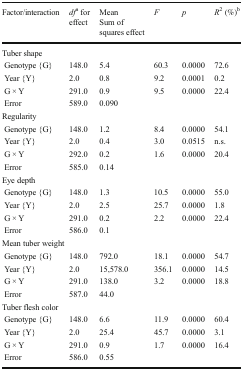
<table><thead><tr><td><b>Factor/interaction</b></td><td><b><i>df</i><sup>a</sup> for effect</b></td><td><b>MeanSum of squares effect</b></td><td><b><i>F</i></b></td><td><b><i>p</i></b></td><td><b><i>R</i><sup>2</sup> (%)<sup>b</sup></b></td></tr></thead><tbody><tr><td colspan="6">Tuber shape</td></tr><tr><td> Genotype {G}</td><td>148.0</td><td>5.4</td><td>60.3</td><td>0.0000</td><td>72.6</td></tr><tr><td> Year {Y}</td><td>2.0</td><td>0.8</td><td>9.2</td><td>0.0001</td><td>0.2</td></tr><tr><td> G × Y</td><td>291.0</td><td>0.9</td><td>9.5</td><td>0.0000</td><td>22.4</td></tr><tr><td> Error</td><td>589.0</td><td>0.090</td><td></td><td></td><td></td></tr><tr><td colspan="6">Regularity</td></tr><tr><td> Genotype {G}</td><td>148.0</td><td>1.2</td><td>8.4</td><td>0.0000</td><td>54.1</td></tr><tr><td> Year {Y}</td><td>2.0</td><td>0.4</td><td>3.0</td><td>0.0515</td><td>n.s.</td></tr><tr><td> G × Y</td><td>292.0</td><td>0.2</td><td>1.6</td><td>0.0000</td><td>20.4</td></tr><tr><td> Error</td><td>585.0</td><td>0.14</td><td></td><td></td><td></td></tr><tr><td colspan="6">Eye depth</td></tr><tr><td> Genotype {G}</td><td>148.0</td><td>1.3</td><td>10.5</td><td>0.0000</td><td>55.0</td></tr><tr><td> Year {Y}</td><td>2.0</td><td>2.5</td><td>25.7</td><td>0.0000</td><td>1.8</td></tr><tr><td> G × Y</td><td>291.0</td><td>0.2</td><td>2.2</td><td>0.0000</td><td>22.4</td></tr><tr><td> Error</td><td>586.0</td><td>0.1</td><td></td><td></td><td></td></tr><tr><td colspan="6">Mean tuber weight</td></tr><tr><td> Genotype {G}</td><td>148.0</td><td>792.0</td><td>18.1</td><td>0.0000</td><td>54.7</td></tr><tr><td> Year {Y}</td><td>2.0</td><td>15,578.0</td><td>356.1</td><td>0.0000</td><td>14.5</td></tr><tr><td> G × Y</td><td>291.0</td><td>138.0</td><td>3.2</td><td>0.0000</td><td>18.8</td></tr><tr><td> Error</td><td>587.0</td><td>44.0</td><td></td><td></td><td></td></tr><tr><td colspan="6">Tuber flesh color</td></tr><tr><td> Genotype {G}</td><td>148.0</td><td>6.6</td><td>11.9</td><td>0.0000</td><td>60.4</td></tr><tr><td> Year {Y}</td><td>2.0</td><td>25.4</td><td>45.7</td><td>0.0000</td><td>3.1</td></tr><tr><td> G × Y</td><td>291.0</td><td>0.9</td><td>1.7</td><td>0.0000</td><td>16.4</td></tr><tr><td> Error</td><td>586.0</td><td>0.55</td><td></td><td></td><td></td></tr></tbody></table>